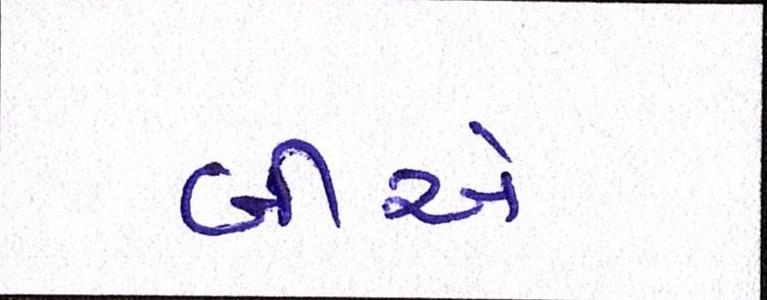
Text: બીએ